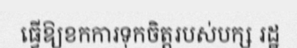
ធ្វើឱ្យខកការទុកចិត្តរបស់បក្ស រដ្ឋ